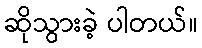
ဆိုသွားခဲ့ ပါတယ်။